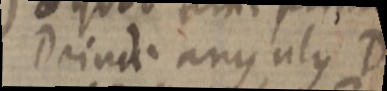
Deinde angulus D